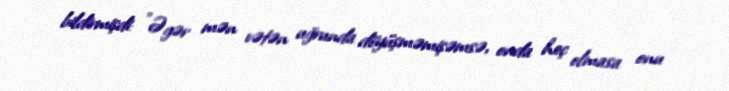
bildirmişdi: "Əgər mən vətən uğrunda döyüşməmişəmsə, onda heç olmasa onu